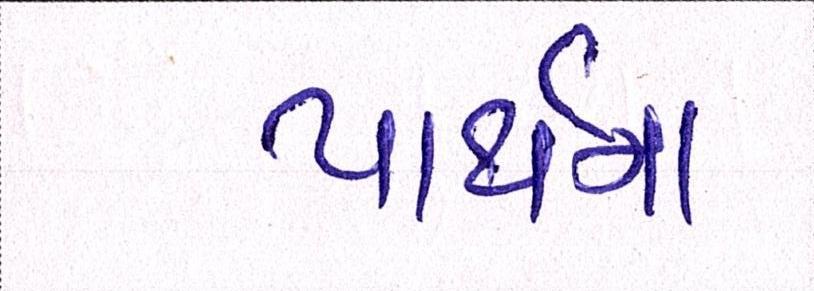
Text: પાર્થના